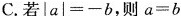
C.若$$| a | = - b$$，则$$a = b$$